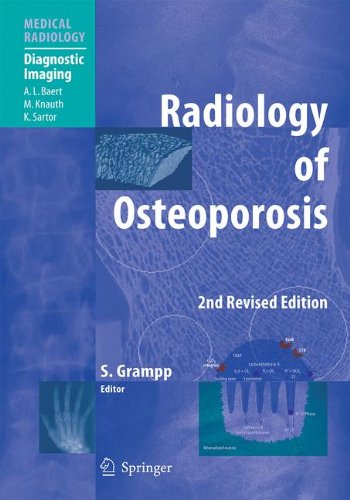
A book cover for Radiology of Osteoporosis (Medical Radiology); Health, Fitness & Dieting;